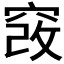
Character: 𥦄